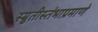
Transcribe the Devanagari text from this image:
स्म्रुतीस्तंभाप्रमाणे